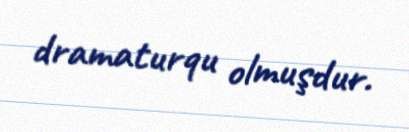
dramaturqu olmuşdur.